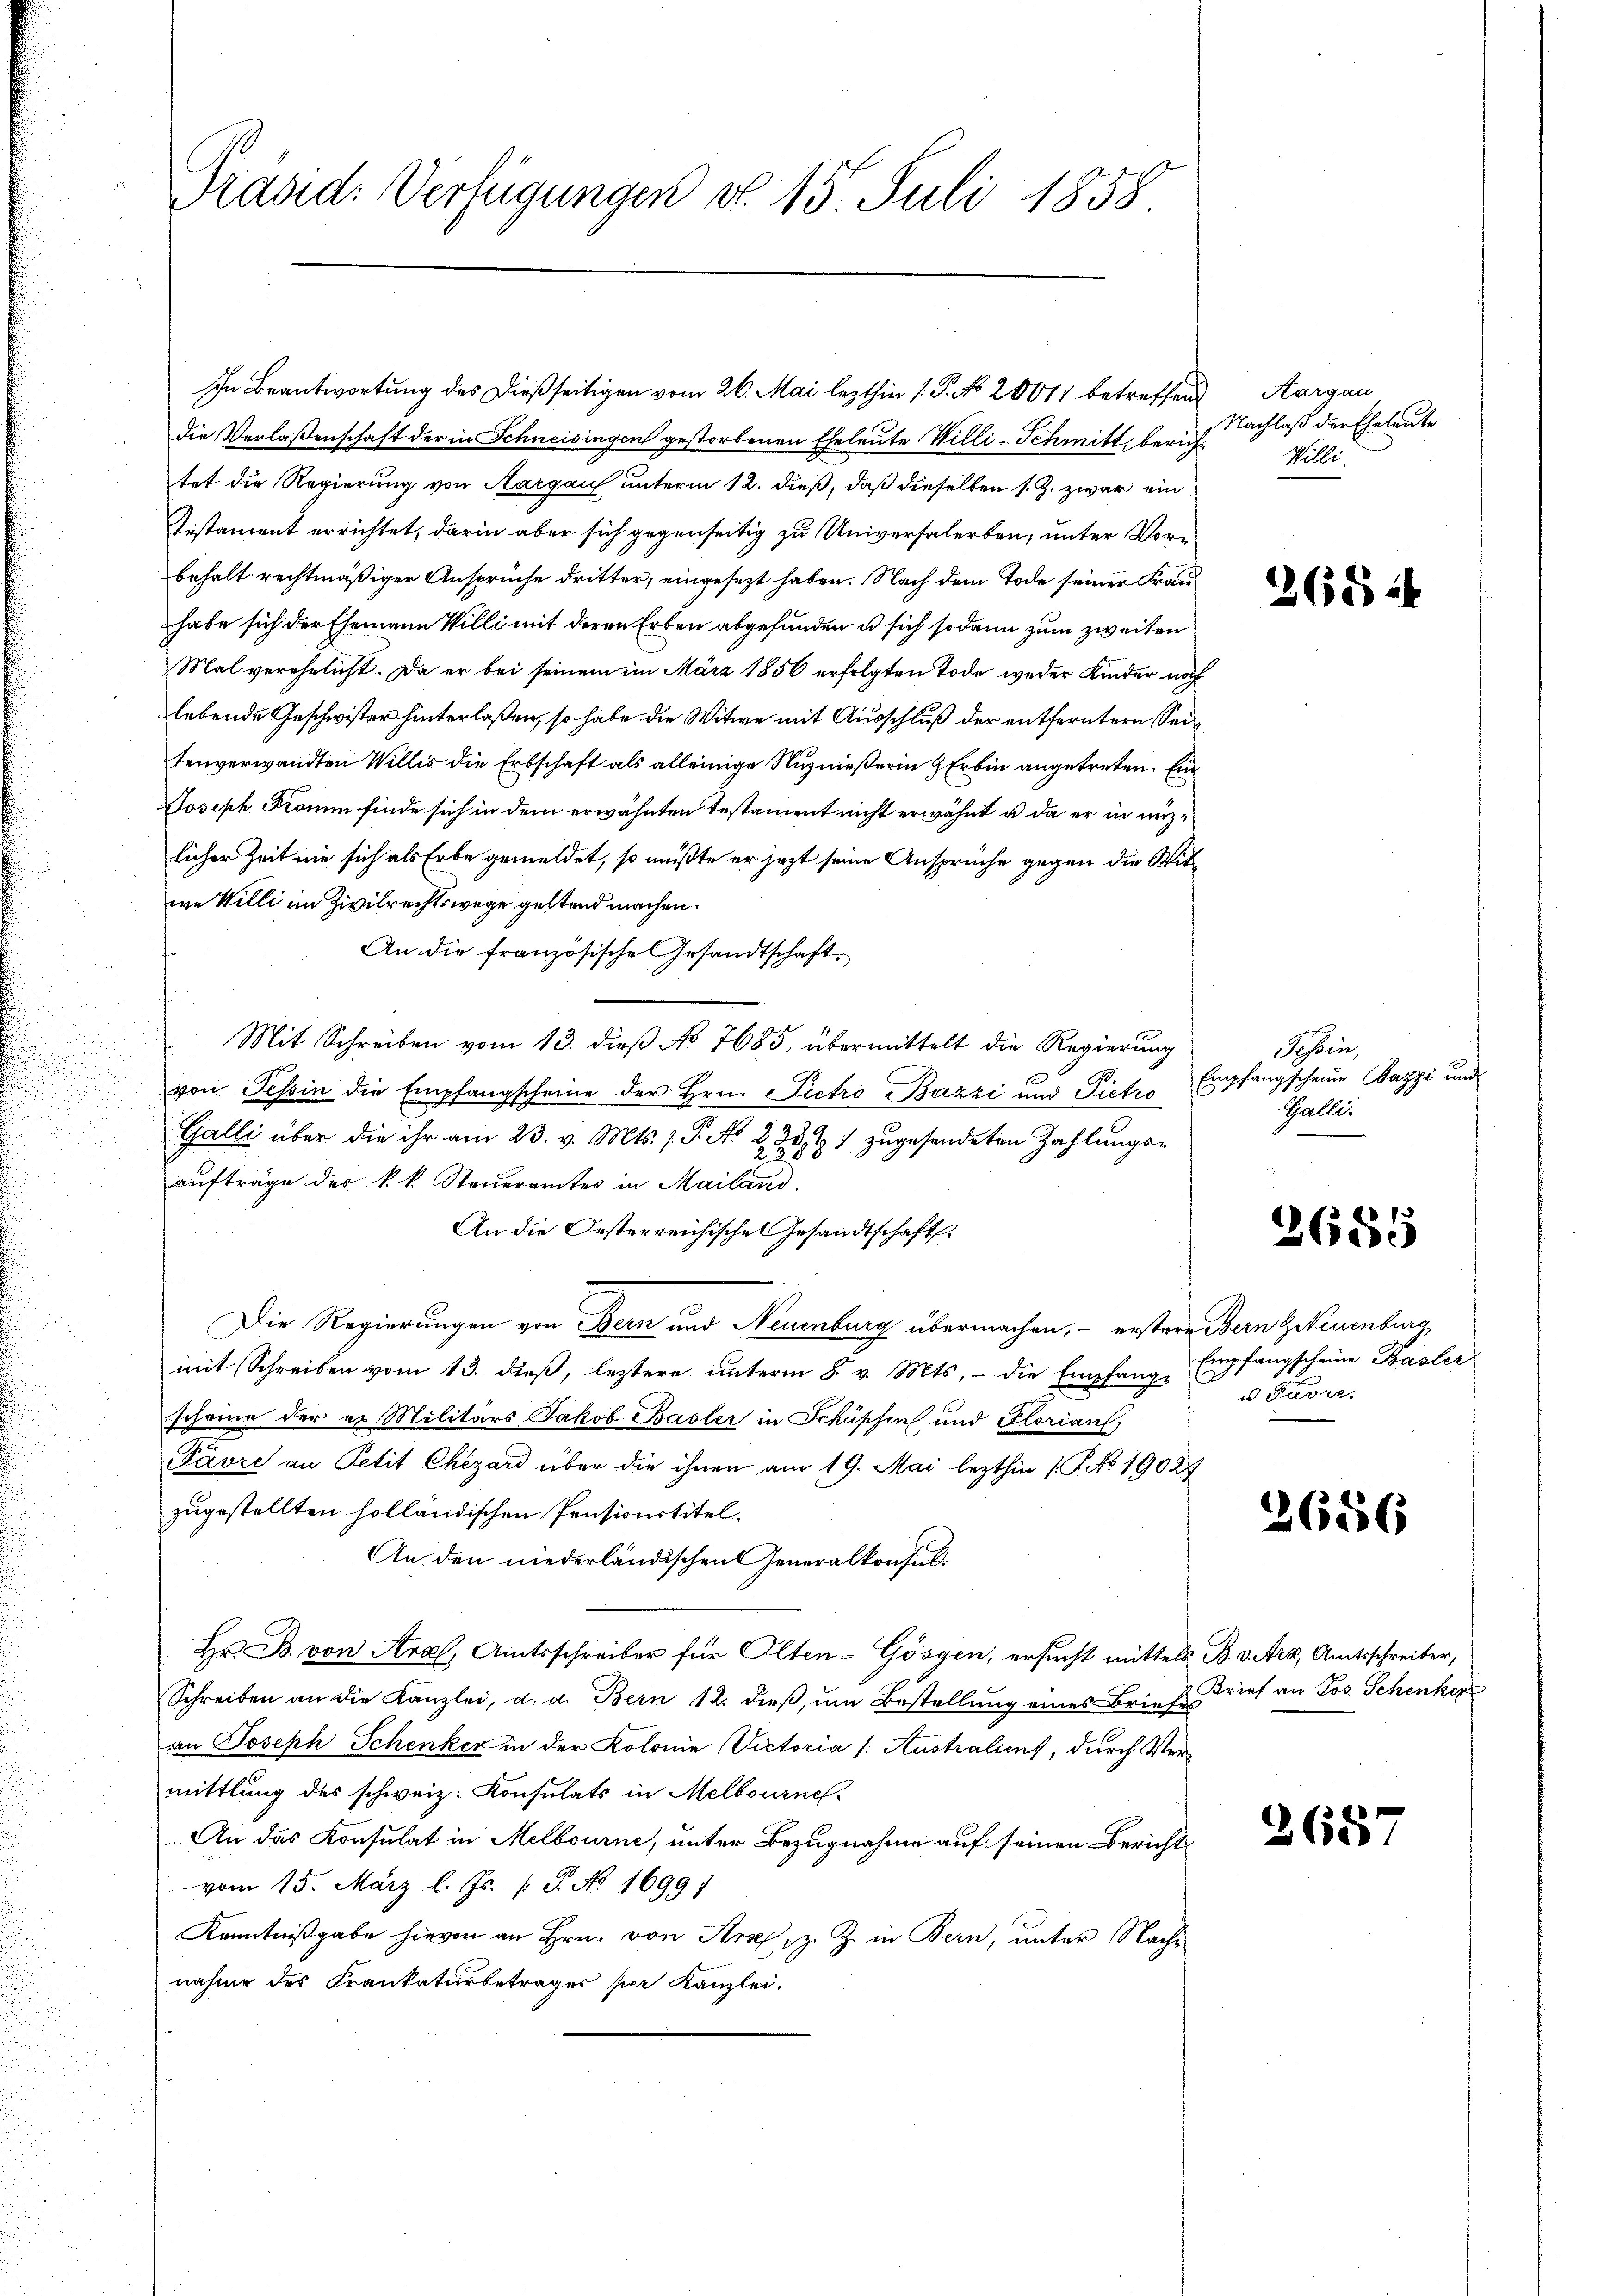
Präsid. Verfügungen d. 15. Juli 1858

In Beantwortung des dießseitigen vom 26. Mai lezthin 1. P. No. 2061 betreffend Aargau

die Verlaßenschaft der in Schneisingen gestorbenen Eheleute Willi-Schmitt berichtet die Regierung von Aargau unterm 12. dieß, daß dieselben s. Z. zwar ein
Distament errichtet, darin aber sich gegenseitig zu Universalerben, unter Vorbehalt rechtmäßiger Ansprüche dritter, eingesezt haben. Nach dem Tode seiner Frauhabe sich der Ehemann Willi mit deren Erben abgefunden u sich sodann zum zweiten
Mal verehelicht. Da er bei seinem im März 1856 erfolgten Tode weder Kinder noch
lebende Geschwister hinterlaßen, so habe die Witwe mit Ausschluß der entferntern Sei
tenverwandten Willis die Erbschaft als alleinige Nutznießerin Erbin angetreten. Ein
Joseph Fromum finde sich in dem erwähnten Testament nicht erwähnt u. da er in nüzlicher Zeit nie sich als Erbe gemeldet, so müßte er jetzt seine Ansprüche gegen die Mitwe Willi im Zivilrechtswege geltend machen.
An die französische Gesandtschaft.
Mit Schreiben vom 13. dieß No 7685, übermittelt die Regierung
von Tessin die Empfangscheine der Hrn. Pietro Bazzi und Pietro Empfangscheine Bazzi und
Galli über die ihr am 23. v. Mts. f. P. No
324.
 7 zugesendeten Zahlungs-
23.
aufträge des k. k. Steueramtes in Mailand.
An die Oesterreichisches Gesandtschaft.
Die Regierungen von Bern und Neuenburg übermachen, – erstere Bern Zweuenburg,
mit Schreiben vom 13. dieß, leztere unterm 8. v. Mts. die Empfangs- u Pavre,
scheine der er Militärs Jakob Basler in Schüpfen und Florian,
Favre an Petit Chezard über die ihnen am 19. Mai lezthin /: No 19027
zugestellten holländischen Pensionstitel.
An den niederländischen Generalkonsul¬
Hr. B. von Aral, Amtsschreiber für Olten-Gösgen, ersucht mittels B. v. Art, Amtsschreiber,
Schreiben an die Kanzlei, d. d. Bern 12. dieβ, ŭm Bestellung eines Briefe
an Joseph Schenker in der Kolonie (Victoria /: Australient, durch Vermittlung des schweiz. Konsulats in Melbourne.
An das Konsulat in Melbourne, unter Bezugnahme auf seinen Berichts
vom 15. März l. Js. /: P. No. 1699)
Kenntnißgabe hievon an Hrn. von Sie, z. Z. in Bern, unter Nachnahme des Frankaturbetrages per Kanzlei.

Nachlaß der Eheleute
Willi

.
2654

Sehen,
Galli

2685

Empfangscheine Basler

2656

Brief an Jos. Schenker

2657